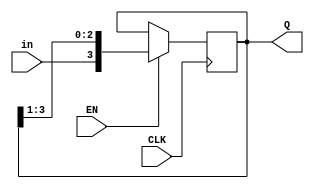
//VeriLog Code for 4 bit Shift Register.
module shiftreg(EN, in, CLK, Q);
	parameter n = 4;
	input EN;
	input in;
	input CLK;
	output [n-1:0] Q;
	reg [n-1:0] Q;
	initial
	Q=4'd10;
	always @(posedge CLK)
	begin
		if (EN)
		Q={in,Q[n-1:1]};
	end
endmodule